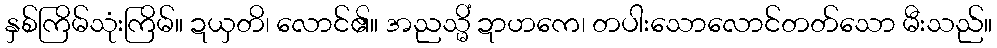
နှစ်ကြိမ်သုံးကြိမ်။ ဍယှတိ၊ လောင်၏။ အညသ္မိံ ဍာဟကေ၊ တပါးသောလောင်တတ်သော မီးသည်။